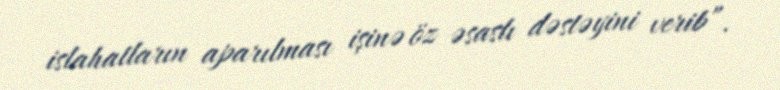
islahatların aparılması işinə öz əsaslı dəstəyini verib”.